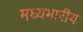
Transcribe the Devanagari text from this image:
मध्यभारीय